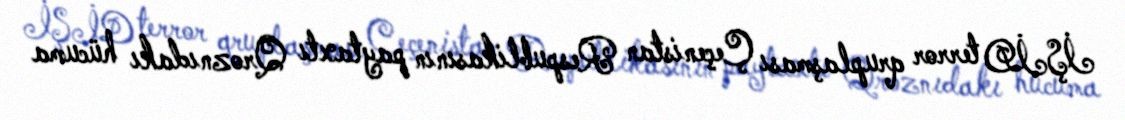
İŞİD terror qruplaşması Çeçenistan Respublikasının paytaxtı Qroznıdakı hücuma